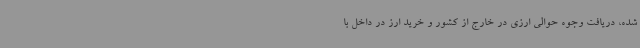
شده، دریافت وجوه حوالی ارزی در خارج از کشور و خرید ارز در داخل با